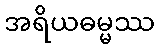
အရိယဓမ္မဿ